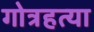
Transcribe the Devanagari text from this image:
गोत्रहत्या